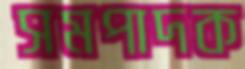
সমপাদক